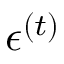
\boldsymbol { \epsilon } ^ { ( t ) }